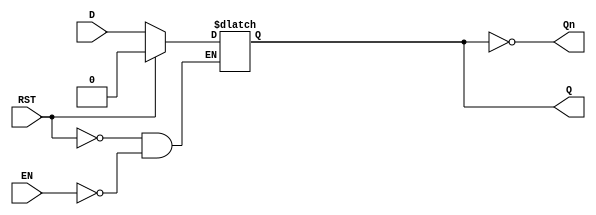
module LatchRegister (
    input wire D,           // Data Input
    input wire EN,          // Enable Signal
    input wire RST,         // Asynchronous Reset (optional)
    output reg Q,          // Output
    output reg Qn          // Inverted Output
);

// Always block to implement the latch behavior
always @(*) begin
    if (RST) begin
        // Asynchronous reset: set Q to 0
        Q <= 1'b0;
    end else if (EN) begin
        // If EN is high, capture D
        Q <= D;
    end
    // Qn is always the inverted value of Q
    Qn <= ~Q;
end

endmodule